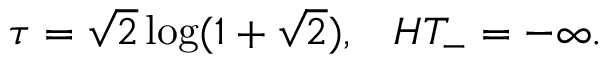
\tau = \sqrt { 2 } \log ( 1 + \sqrt { 2 } ) , \; \; \; H T _ { - } = - \infty .